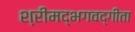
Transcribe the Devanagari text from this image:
श्रीमद्‌भगवद्गीता